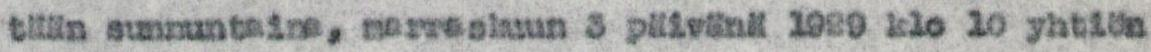
tään sunnuntaina, marraskuun 3 päivänä 1929 klo 10 yhtiön